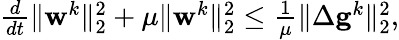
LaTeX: \begin{array}{r}{\frac{d}{dt}\| \mathbf{w}^{k}\| _{2}^{2}+\mu\| \mathbf{w}^{k}\| _{2}^{2}\leq\frac{1}{\mu}\| \Delta\mathbf{g}^{k}\| _{2}^{2},}\end{array}